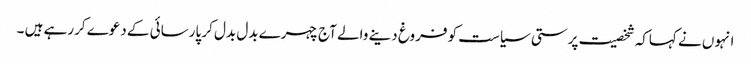
انہوں نے کہاکہ شخصیت پرستی سیاست کو فروغ دینے والے آج چہرے بدل بدل کر پارسائی کے دعوے کررہے ہیں ۔